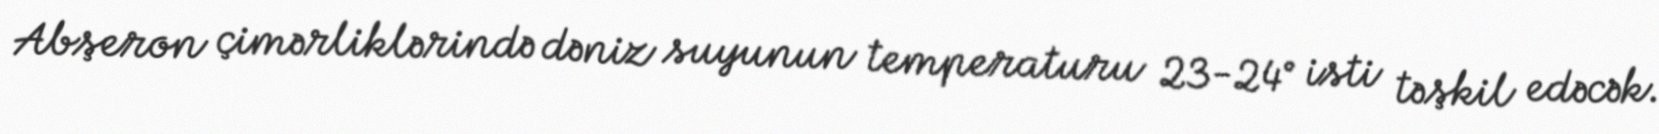
Abşeron çimərliklərində dəniz suyunun temperaturu 23-24° isti təşkil edəcək.